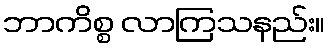
ဘာကိစ္စ လာကြသနည်း။